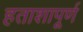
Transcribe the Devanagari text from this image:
हताशापूर्ण